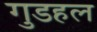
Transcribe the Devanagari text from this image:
गुडहल